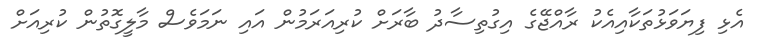
އެޅި ފިޔަވަޅުތަކާއިއެކު ރާއްޖޭގެ އިގުތިސާދު ބާރަށް ކުރިއަރަމުން އައި ނަމަވެސް މާލީގޮތުން ކުރިއަށް